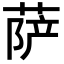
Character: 萨